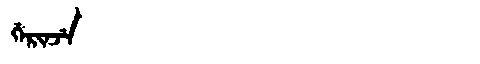
Manchu: ᡤᡝᡵᡳᠨᠵᡝ
Romanization: GERINJE